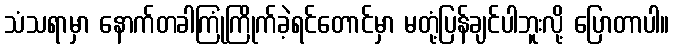
သံသရာမှာ နောက်တခါကြုံကြိုက်ခဲ့ရင်တောင်မှာ မတုံ့ပြန်ချင်ပါဘူးလို့ ပြောတာပါ။